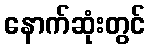
နောက်ဆုံးတွင်